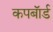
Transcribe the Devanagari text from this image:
कपबाॅर्ड